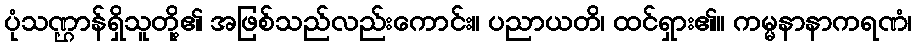
ပုံသဏ္ဌာန်ရှိသူတို့၏ အဖြစ်သည်လည်းကောင်း။ ပညာယတိ၊ ထင်ရှား၏။ ကမ္မနာနာကရဏံ၊